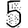
Digit: 5